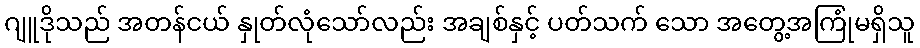
ဂျူဒိုသည် အတန်ငယ် နှုတ်လုံသော်လည်း အချစ်နှင့် ပတ်သက် သော အတွေ့အကြုံမရှိသူ